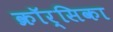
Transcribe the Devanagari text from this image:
क्रॉर्सिका